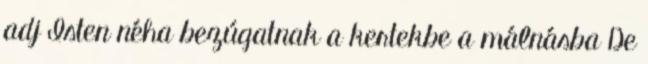
adj Isten néha bezúgatnak a kertekbe a málnásba De